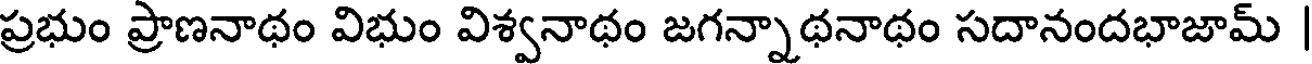
ప్రభుం ప్రాణనాథం విభుం విశ్వనాథం జగన్నాథనాథం సదానందభాజామ్